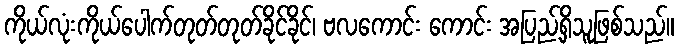
ကိုယ်လုံးကိုယ်ပေါက်တုတ်တုတ်ခိုင်ခိုင်၊ ဗလကောင်း ကောင်း အပြည့်ရှိသူဖြစ်သည်။